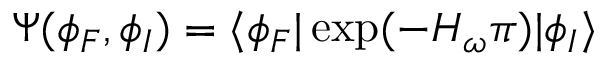
\Psi ( \phi _ { F } , \phi _ { I } ) = \langle \phi _ { F } | \exp ( { - H _ { \omega } \pi } ) | \phi _ { I } \rangle